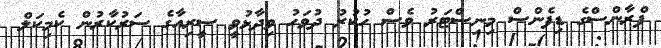
ފްރާންސްގެ ޑިފެންސް މިނިސްޓަރު ވެސް ހުކުރު ދުވަހު ވިދާޅުވީ ސީރިއާގެ ސަރުކާރުން ކެމިކަލް